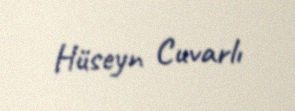
Hüseyn Cuvarlı